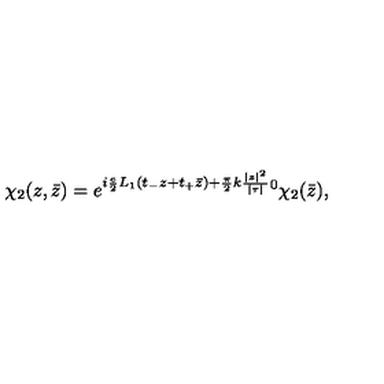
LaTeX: \chi _ { 2 } ( z , \bar { z } ) = e ^ { i \frac { e } { 2 } L _ { 1 } ( t _ { - } z + t _ { + } \bar { z } ) + \frac { \pi } { 2 } k \frac { | z | ^ { 2 } } { | \tau | } } ^ { 0 } \chi _ { 2 } ( \bar { z } ) ,